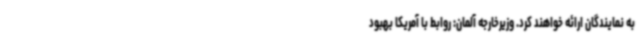
به نمایندگان ارائه خواهند کرد. وزیرخارجه آلمان: روابط با آمریکا بهبود